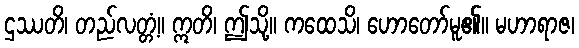
ဌဿတိ၊ တည်လတ္တံ့။ ဣတိ၊ ဤသို့။ ကထေသိ၊ ဟောတော်မူ၏။ မဟာရာဇ၊